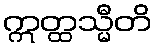
ဣတ္ထသ္မီတိ